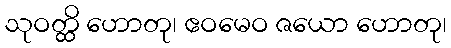
သုဝတ္ထိ ဟောတု၊ ဧဝမေဝ ဇယော ဟောတု၊